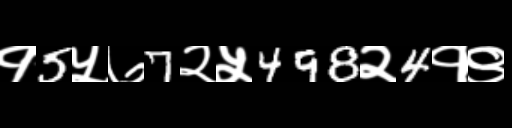
Text: १5५७7२५498२4१९